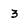
Character: 3